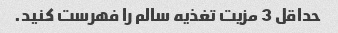
حداقل 3 مزیت تغذیه سالم را فهرست کنید.